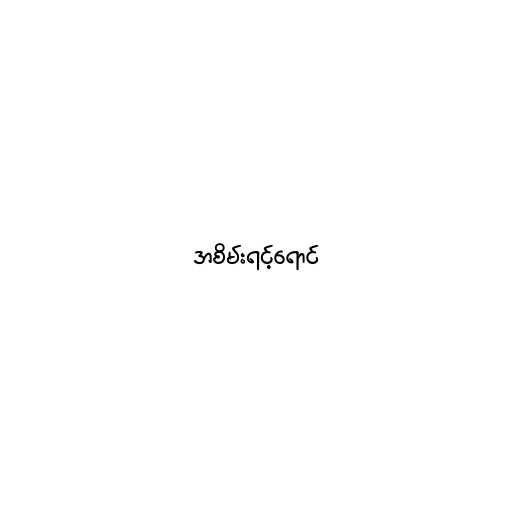
အစိမ်းရင့်ရောင်